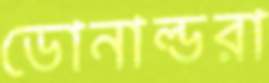
ডোনাল্ডরা